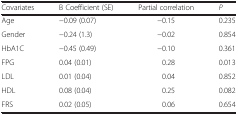
| Covariates | B Coefficient (SE) | Partial correlation | P |
 | --- | --- | --- | --- |
 | Age | −0.09 (0.07) | −0.15 | 0.235 |
 | Gender | −0.24 (1.3) | −0.02 | 0.854 |
 | HbA1C | −0.45 (0.49) | −0.10 | 0.361 |
 | FPG | 0.04 (0.01) | 0.28 | 0.013 |
 | LDL | 0.01 (0.04) | 0.04 | 0.852 |
 | HDL | 0.08 (0.04) | 0.25 | 0.082 |
 | FRS | 0.02 (0.05) | 0.06 | 0.654 |